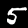
Digit: 5